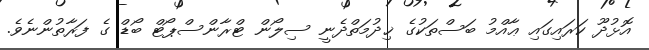
އޮޅުދޫ ކަރައިގައި ޢާއްމު ބަސްތަކުގެ ޚިދުމަތްދެނީ ސިލޯން ޓްރާންސްޕޯޓް ބޯޑް ގެ ފަރާތުންނެވެ.